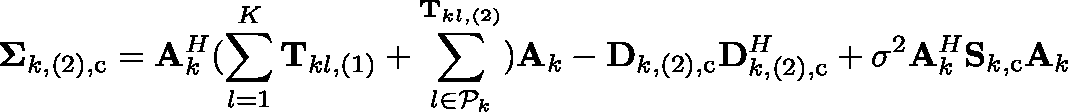
\mathbf { \Sigma } _ { k , ( 2 ) , \mathrm { c } } = \mathbf { A } _ { k } ^ { H } ( \sum _ { l = 1 } ^ { K } { \mathbf { T } _ { k l , ( 1 ) } + \sum _ { l \in \mathcal { P } _ { k } } ^ { \mathbf { T } _ { k l , ( 2 ) } } } ) \mathbf { A } _ { k } - \mathbf { D } _ { k , ( 2 ) , \mathrm { c } } \mathbf { D } _ { k , ( 2 ) , \mathrm { c } } ^ { H } + \sigma ^ { 2 } \mathbf { A } _ { k } ^ { H } \mathbf { S } _ { k , \mathrm { c } } \mathbf { A } _ { k }